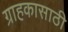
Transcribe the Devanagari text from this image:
ग्राहकासाठी